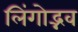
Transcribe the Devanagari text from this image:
लिंगोद्भव